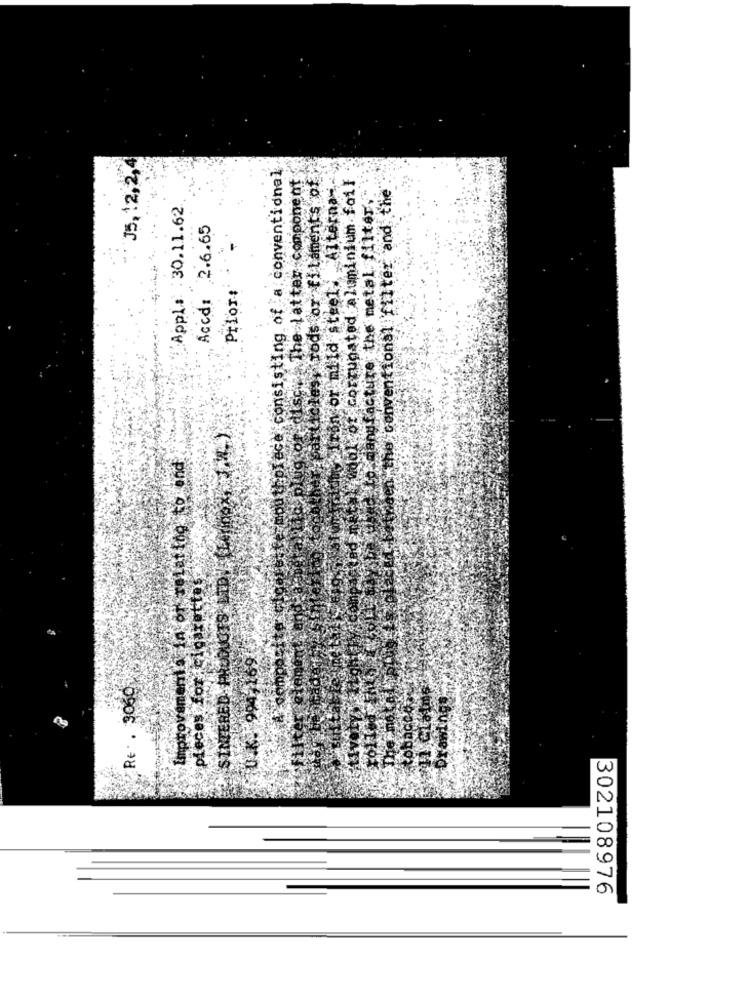
35, 12,2,4
consisting of a conventional
The Latter component
Trods or filaments of
Alternan ,.
of corrugated aluminium foil
the conventional filter and the
se the metal filter.
Appl: : 30.11.62
Accd: 2.6.65
for mild steel.
Prior:
act
mouthpiece
Improvementa in or relating to end
piecesfor cigarettes
SINTERED PRODUCTS
Re . 3060
302108976